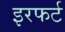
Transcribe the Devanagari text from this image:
इरफर्ट